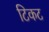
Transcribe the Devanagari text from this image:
टिकट